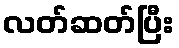
လတ်ဆတ်ပြီး